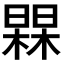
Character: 𭬀